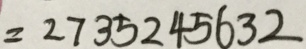
= 2 7 3 5 2 4 5 6 3 2